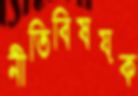
নীতিবিষয়ক